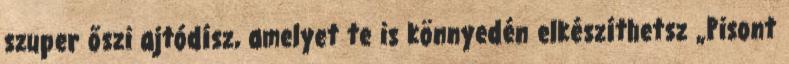
szuper őszi ajtódísz, amelyet te is könnyedén elkészíthetsz „Pisont